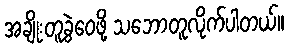
အချိုးတူခွဲဝေဖို့ သဘောတူလိုက်ပါတယ်။